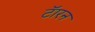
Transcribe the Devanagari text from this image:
टॅारन